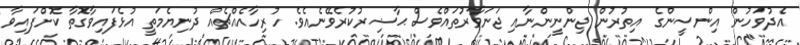
އެދުވަހުން އިންސީންގެ އިތުރުން ޖިންނީންނާއި ޖަނަވާރުތައްވެސް ޙާޟިރުކުރެވޭނެއެވެ. ހުރިހާއެއްޗެއް ދުނިޔެމަތީ އުޅެފައިވާގޮތާ ކޮށްފައިވާ